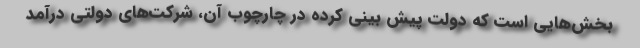
بخش‌هایی است که دولت پیش بینی کرده در چارچوب آن، شرکت‌های دولتی درآمد